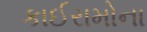
કાઈરામોના